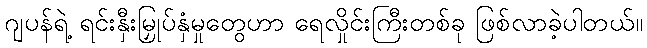
ဂျပန်ရဲ့ ရင်းနှီးမြှုပ်နှံမှုတွေဟာ ရေလှိုင်းကြီးတစ်ခု ဖြစ်လာခဲ့ပါတယ်။